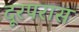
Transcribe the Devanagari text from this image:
दूरपरास